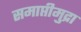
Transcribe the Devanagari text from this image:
समाप्तीमुद्रा